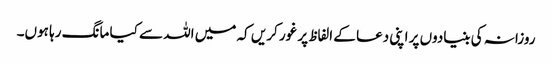
روزانہ کی بنیادوں پر اپنی دعا کے الفاظ پر غور کریں کہ میں اللہ سے کیا مانگ رہا ہوں۔